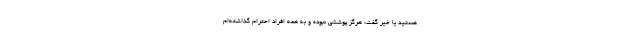
هستید یا خیر گفت: هرگز پوششی نبوده و به همه افراد احترام گذاشته‌ام